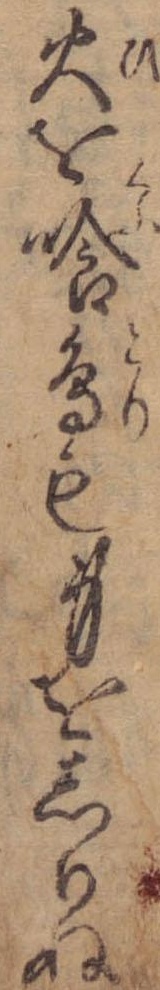
火を喰鳥も身をしりぬ